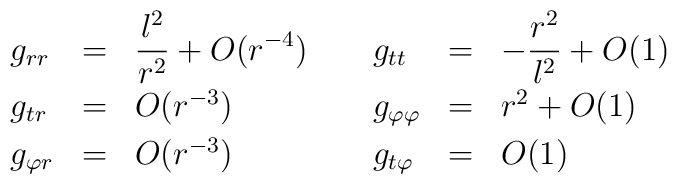
\begin{array}{lllllll}g_{rr} & = & \displaystyle \frac{l^{2}}{r^{2}}+O(r^{-4})\; &  & g_{tt} & = & \displaystyle-\frac{r^{2} }{l^{2}}+O(1)\;\\[2mm]  g_{tr} & = & O(r^{-3})\; &  & g_{\varphi \varphi } & = & r^{2}+O(1)\; \\[1mm] g_{\varphi r} & = &O(r^{-3})\; &  & g_{t\varphi } & = & O(1)\;\end{array}